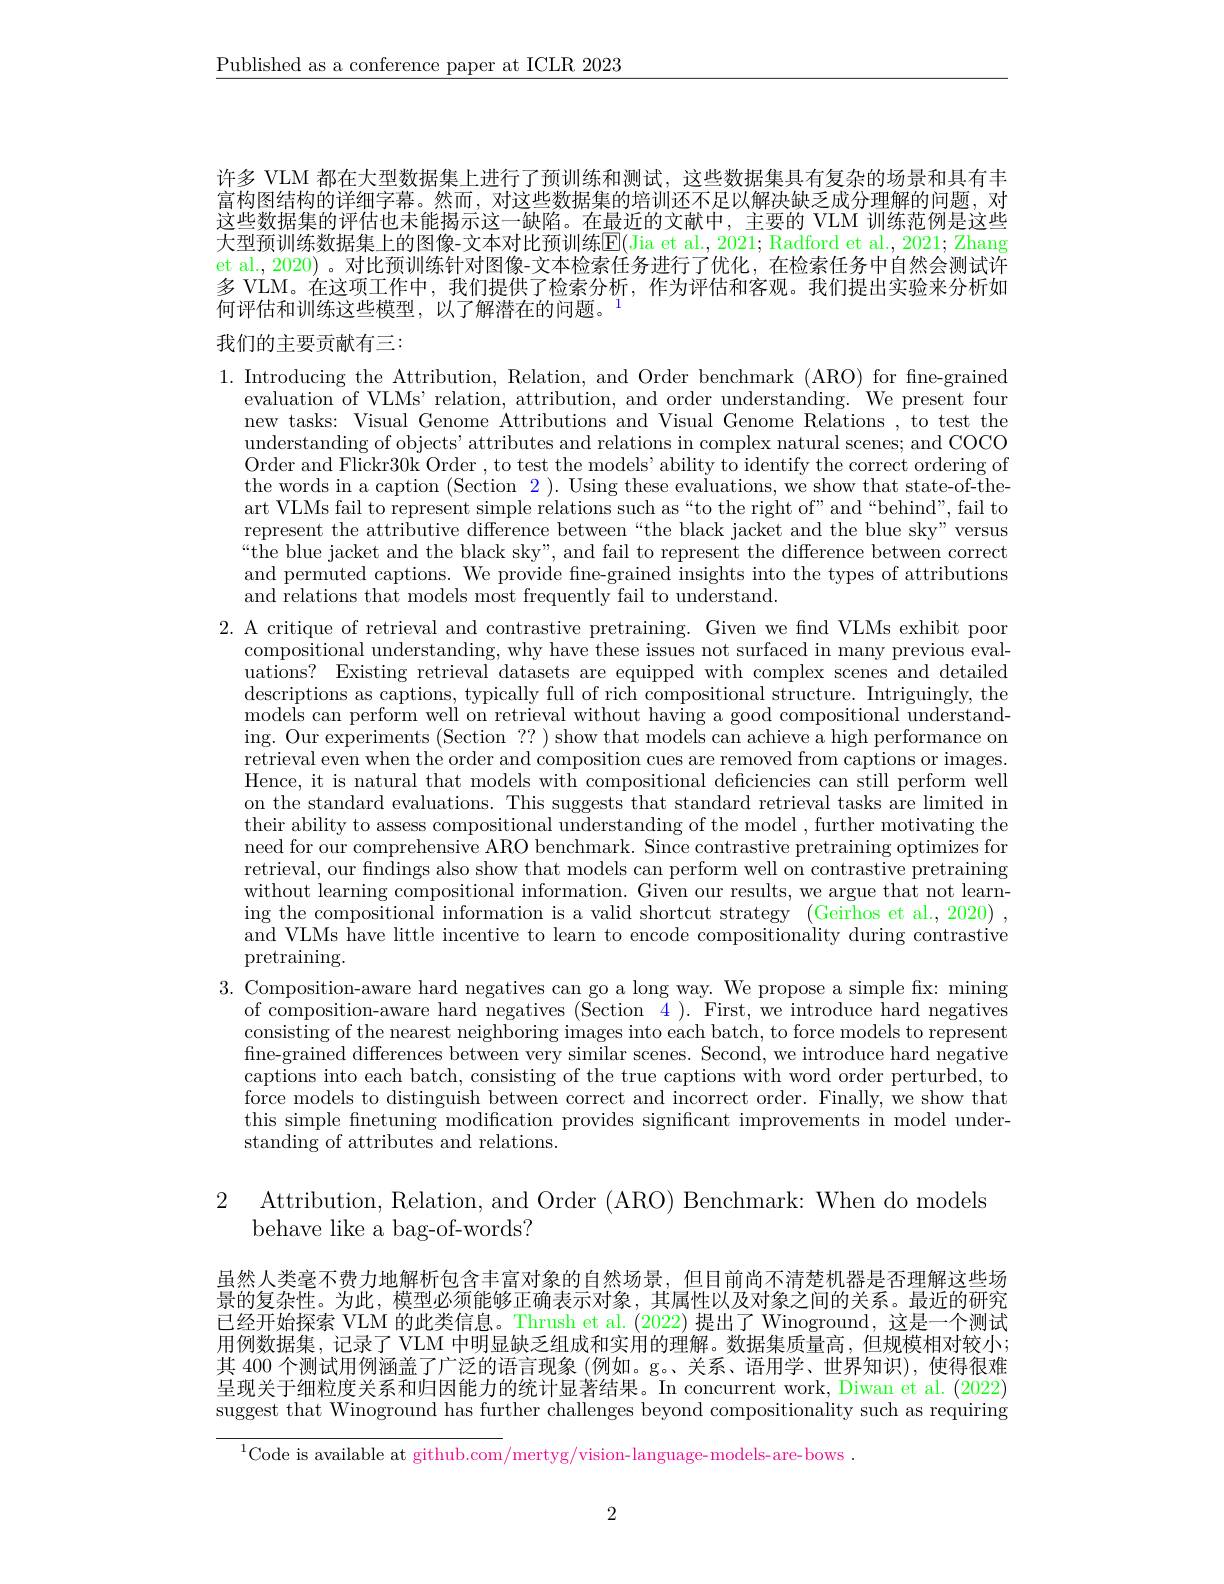
$\underline{\text{Published as a conference paper at ICLR 2023}}$

许多 VLM 都在大型数据集上进行了预训练和测试，这些数据集具有复杂的场景和具有丰富构图结构的详细字幕。然而，对这些数据集的培训还不足以解决缺乏成分理解的问题，对这些数据集的评估也未能揭示这一缺陷。在最近的文献中，主要的 VLM 训练范例是这些大型预训练数据集上的图像-文本对比预训练$\overline{\mathbb{E}}($Jia et al, 2021; Radford et al., 2021; Zhang et al., 2020) 。对比预训练针对图像-文本检索任务进行了优化，在检索任务中自然会测试许多 VLM。在这项工作中，我们提供了检索分析，作为评估和客观。我们提出实验来分析如何评估和训练这些模型，以了解潜在的问题。

## 我们的主要贡献有三：

1. Introducing the Attribution, Relation, and Order benchmark (ARO) for fine-grained
evaluation of VLMs' relation, attribution, and order understanding. We present four new tasks: Visual Genome Attributions and Visual Genome Relations , to test the understanding of objects' attributes and relations in complex natural scenes; and COCO Order and Flickr30k Order , to test the models' ability to identify the correct ordering of the words in a caption (Section 2 ). Using these evaluations, we show that state-of-theart VLMs fail to represent simple relations such as“to the right of”and“behind”, fail to represent the attributive difference between“the black jacket and the blue sky" versus “the blue jacket and the black sky", and fail to represent the difference between correct and permuted captions. We provide fine-grained insights into the types of attributions and relations that models most frequently fail to understand.
2. A critique of retrieval and contrastive pretraining. Given we find VLMs exhibit poor

compositional understanding, why have these issues not surfaced in many previous evaluations? Existing retrieval datasets are equipped with complex scenes and detailed $\operatorname*{descriptions~as~captions,~typically~full~of~rich~compositional~structure.~Intriguingly,~the}$ $\hat{\text{models can perform well on retrieval without having a good compositional understand-}}$ ing. Our experiments ( Section ? ? ) show that models can achieve a high performance on retrieval even when the order and composition cues are removed from captions or images. Hence, it is natural that models with compositional deficiencies can still perform well on the standard evaluations. This suggests that standard retrieval tasks are limited in their ability to assess compositional understanding of the model , further motivating the need for our comprehensive ARO benchmark. Since contrastive pretraining optimizes for retrieval, our findings also show that models can perform well on contrastive pretraining without learning compositional information. Given our results, we argue that not learning the compositional information is a valid shortcut strategy (Geirhos et al., 2020) , and VLMs have little incentive to learn to encode compositionality during contrastive $\operatorname{pretraining}.$
3. Composition-aware hard negatives can go a long way. We propose a simple fix: mining
of composition-aware hard negatives (Section 4 ). First, we introduce hard negatives consisting of the nearest neighboring images into each batch, to force models to represent fine-grained differences between very similar scenes. Second, we introduce hard negative captions into each batch, consisting of the true captions with word order perturbed, to $\dot{\text{force models to distinguish between correct and incorrect order. Finally, we show that}}$ this simple fnetuning modification provides significant improvements in model understanding of attributes and relations.

2 Attribution. Relation, and Order (ARO) Benchmark: When do models
behave like a bag-of-words?

虽然人类毫不费力地解析包含丰富对象的自然场景，但目前尚不清楚机器是否理解这些场景的复杂性。为此，模型必须能够正确表示对象，其属性以及对象之间的关系。最近的研究已经开始探索 VLM 的此类信息。Thrush et al. (2022) 提出了 Winoground, 这是一个测试用例数据集，记录了 VLM 中明显缺乏组成和实用的理解。数据集质量高，但规模相对较小； 其 400 个测试用例涵盖了广泛的语言现象 (例如。g。关系、语用学、世界知识),使得很难呈现关于细粒度关系和归因能力的统计显著结果。In concurrent work, Diwan et al. (2022) suggest that Winoground has further challenges beyond compositionality such as requiring

$^{1}$Code is available at github.com/mertyg/vision-language-models-are-bows .

2